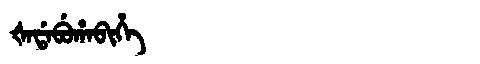
Manchu: ᡧᠠᡩᠠᠪᡠᡥᠠᠪᡳᡥᡝ
Romanization: ŠADABUHABIHE